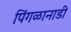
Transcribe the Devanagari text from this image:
पिंगळानाडी